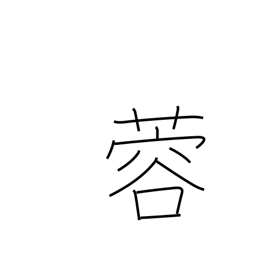
Meaning: lotus